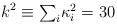
\begin{align*}k^{2} \equiv \textstyle{\sum_{i}} \kappa^{2}_{i} = 30\end{align*}